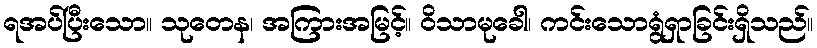
ရအပ်ပြီးသော။ သုတေန၊ အကြားအမြင့်။ ဝိသာမုခေါ၊ ကင်းသောရွံရှာခြင်းရှိသည်။